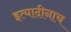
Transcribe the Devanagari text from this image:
इत्यादीनाच